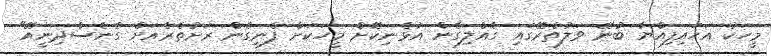
މީހަކު އަހައިފިއްޔާ ބުނޭ ވަލުތެރޭގައި ގެއްލިގެން އުޅެނިކޮށް މީހަކަށް ފެނިގެން ރަށުތެރެއަށް ގެނެސްދިނީއޭ"